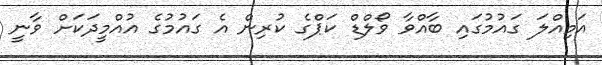
އަމިއްލަ ގައުމުގައި ބާއްވާ ވޯލްޑް ކަޕްގެ ކުރިން އެ ގައުމުގެ އުއްމީދަކަށް ވާނީ